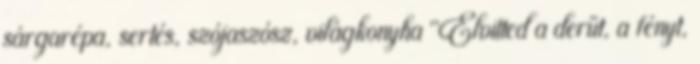
sárgarépa, sertés, szójaszósz, világkonyha "Elvitted a derűt, a fényt,